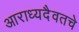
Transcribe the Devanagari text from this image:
आराध्यदैवतचे